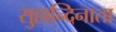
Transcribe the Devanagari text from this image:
सुहान्दिनाता